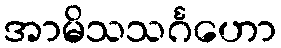
အာမိသသင်္ဂဟော